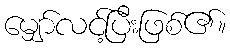
မျှော်လင့်ပြီးဖြစ်၏။